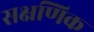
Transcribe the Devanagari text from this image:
सक्षणिक